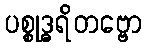
ပစ္စုဒ္ဓရိတဗ္ဗော